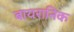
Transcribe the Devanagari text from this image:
बायरानिक